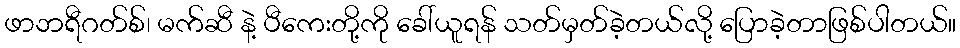
ဖာဘရီဂတ်စ်၊ မက်ဆီ နဲ့ ပီကေးတို့ကို ခေါ်ယူရန် သတ်မှတ်ခဲ့တယ်လို့ ပြောခဲ့တာဖြစ်ပါတယ်။